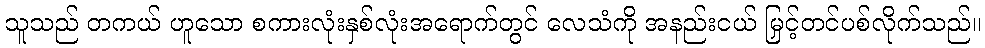
သူသည် တကယ် ဟူသော စကားလုံးနှစ်လုံးအရောက်တွင် လေသံကို အနည်းငယ် မြှင့်တင်ပစ်လိုက်သည်။